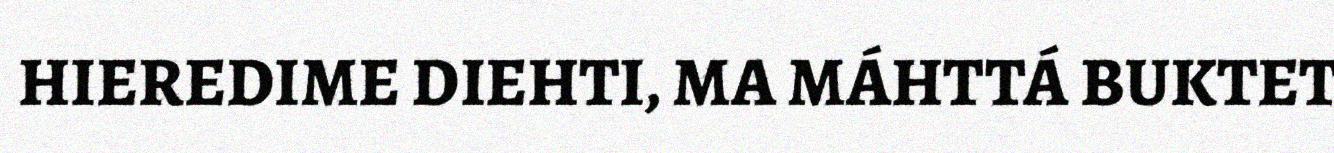
HIEREDIME DIEHTI, MA MÁHTTÁ BUKTET